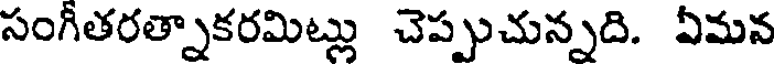
సంగీతరత్నాకరమిట్లు చెప్పుచున్నది. ఏమన